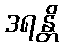
ဒရန္တိ